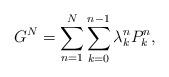
LaTeX: \begin{align*}G^N=\sum_{n=1}^N\sum_{k=0}^{n-1}\lambda^n_kP^n_k,\end{align*}